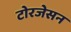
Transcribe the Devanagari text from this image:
टोरजेसन